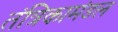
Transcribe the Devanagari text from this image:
तंत्रिकामंडल